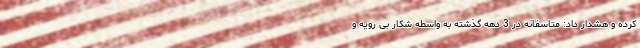
کرده و هشدار داد: متاسفانه در 3 دهه گذشته به واسطه شکار بی رویه و